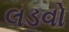
લડવો